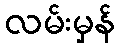
လမ်းမှန်